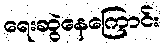
ရေးဆွဲနေကြောင်း